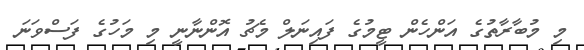
މި މުބާރާތުގެ އަންހެން ޓީމުގެ ފައިނަލް މެޗު އޮންނާނީ މި މަހުގެ ފަސްވަނަ